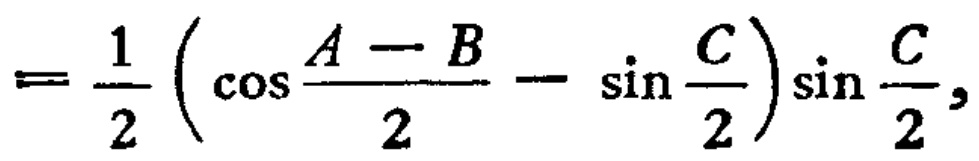
\[
= \frac{1}{2}\left(\cos\frac{A - B}{2} - \sin\frac{C}{2}\right)\sin\frac{C}{2},
\]